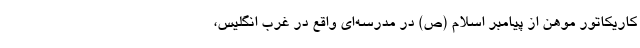
کاریکاتور موهن از پیامبر اسلام (ص) در مدرسه‌ای واقع در غرب انگلیس،